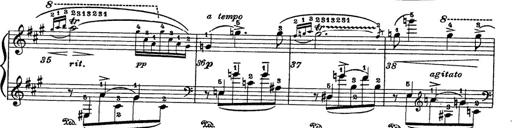
Title: 6 Polish Songs
Composer: Franz Liszt